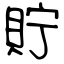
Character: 貯